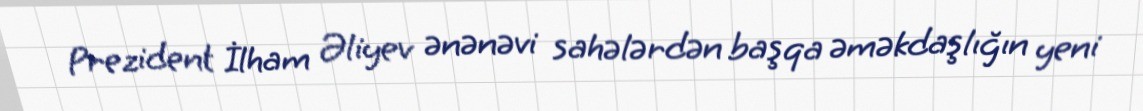
Prezident İlham Əliyev ənənəvi sahələrdən başqa əməkdaşlığın yeni